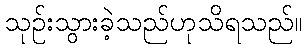
သုဉ်းသွားခဲ့သည်ဟုသိရသည်။